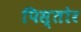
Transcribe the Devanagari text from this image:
पिस्तोर